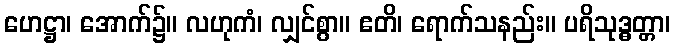
ဟေဋ္ဌာ၊ အောက်၌။ လဟုကံ၊ လျှင်စွာ။ ဧတိ၊ ရောက်သနည်း။ ပရိသုဒ္ဓတ္တာ၊